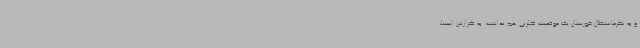
و به نظرماستقلال خوزستان یک موقعیت گلزنی هم نداشت. به گزارش ایسنا،